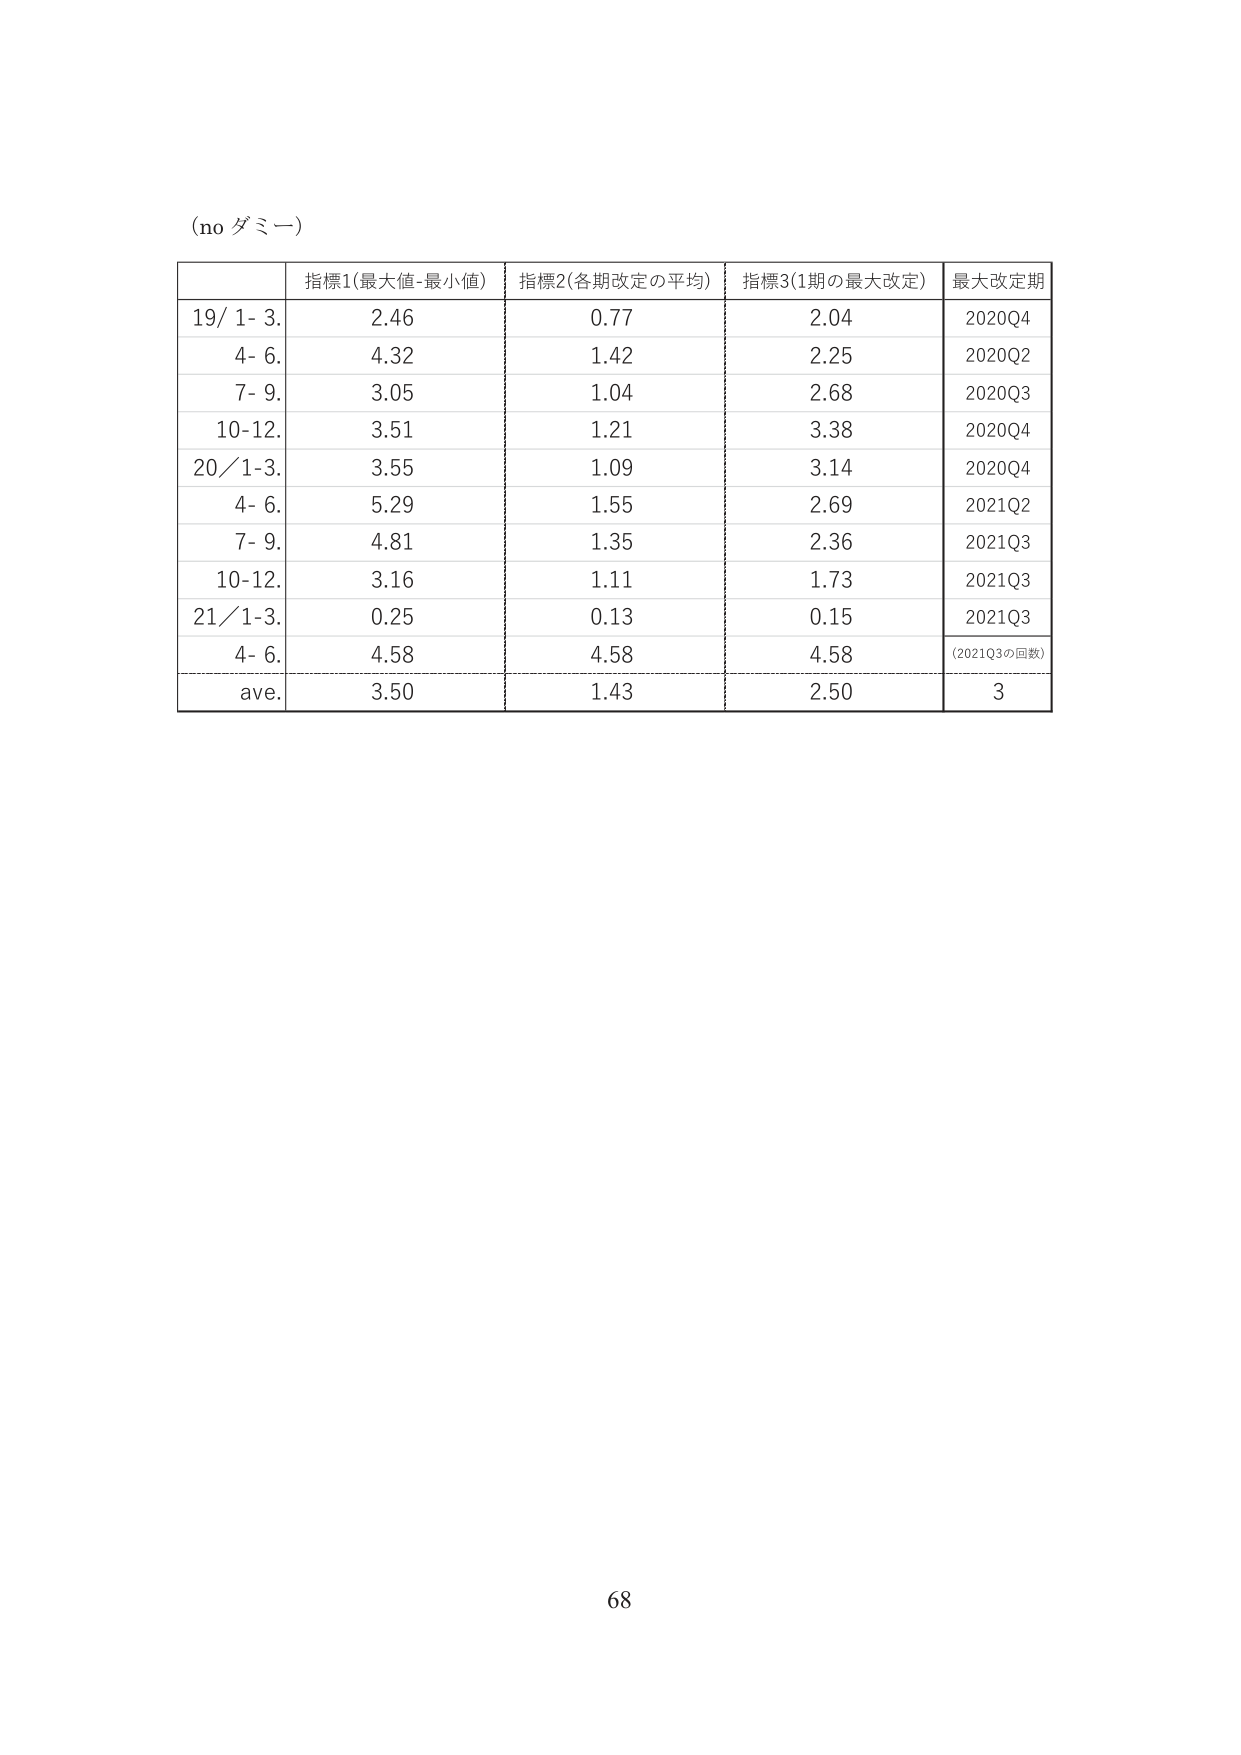
(no ダミー)

指標1(最大値-最小値) 指標2(各期改定の平均) 指標3(1期の最大改定) 最大改定期
19/ 1- 3. 2.46 0.77 2.04 2020Q4
4- 6. 4.32 1.42 2.25 2020Q2
7- 9. 3.05 1.04 2.68 2020Q3
10-12. 3.51 1.21 3.38 2020Q4
20/1-3. 3.55 1.09 3.14 2020Q4
4- 6. 5.29 1.55 2.69 2021Q2
7- 9. 4.81 1.35 2.36 2021Q3
10-12. 3.16 1.11 1.73 2021Q3
21/1-3. 0.25 0.13 0.15 2021Q3
4- 6. 4.58 4.58 4.58 (2021Q3の回数)
ave. 3.50 1.43 2.50 3

68